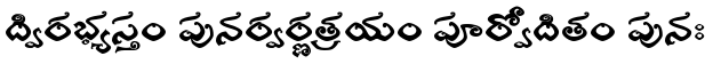
ద్విరభ్యస్తం పునర్వర్ణత్రయం పూర్వోదితం పునః